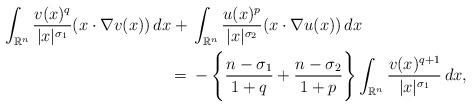
LaTeX: \begin{align*}\int_{\mathbb{R}^n} \frac{v(x)^q}{|x|^{\sigma_1}} (x\cdot \nabla v(x)) \,dx + {} & \int_{\mathbb{R}^n} \frac{u(x)^p}{|x|^{\sigma_2}} (x\cdot \nabla u(x)) \,dx \\= {} & -\Bigg\lbrace \frac{n-\sigma_1}{1+q} + \frac{n-\sigma_2}{1+p}\Bigg\rbrace\int_{\mathbb{R}^n} \frac{v(x)^{q+1}}{|x|^{\sigma_1}}\,dx,\end{align*}